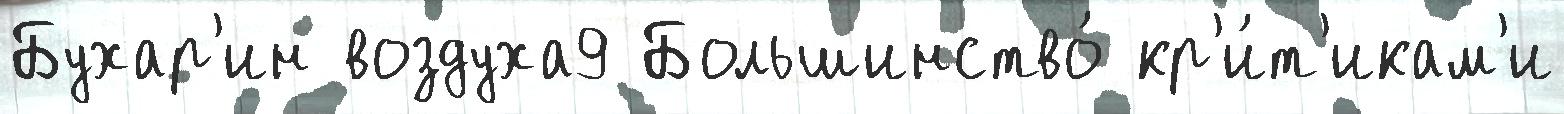
Бухар'ин воздуха9 Большинство́ кр'и́т'икам'и